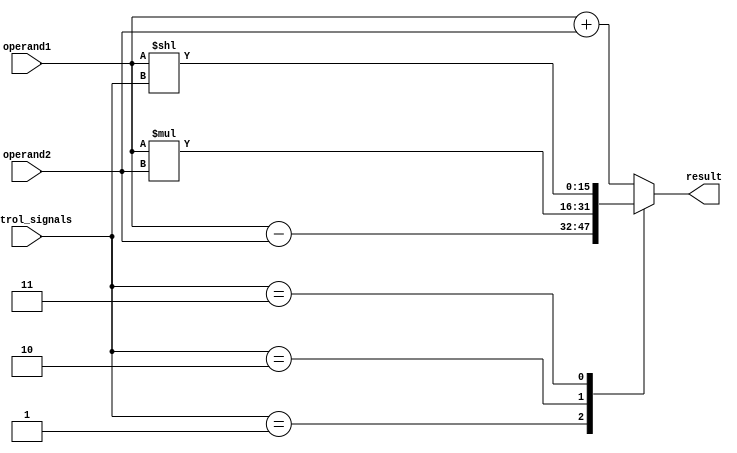
module half_precision_float_unit (
    input wire [15:0] operand1,
    input wire [15:0] operand2,
    input wire [2:0] control_signals,
    output reg [15:0] result
);

// Arithmetic Block for Adder
reg [16:0] adder_out;
always @* begin
    adder_out = operand1 + operand2;
end

// Arithmetic Block for Subtractor
reg [16:0] subtractor_out;
always @* begin
    subtractor_out = operand1 - operand2;
end

// Arithmetic Block for Multiplier
reg [31:0] multiplier_out;
always @* begin
    multiplier_out = operand1 * operand2;
end

// Arithmetic Block for Shifter
reg [15:0] shifter_out;
always @* begin
    shifter_out = operand1 << control_signals;
end

// Rounding and Normalization Logic
reg [15:0] rounded_result;
always @* begin
    // Add rounding and normalization logic implementation here
    rounded_result = adder_out; // For demonstration purposes only
end

// Error Detection and Correction Logic
// Add error detection and correction logic implementation here

// Assigning the Result based on Control Signals
always @* begin
    case(control_signals)
        3'b000: result = adder_out[15:0];
        3'b001: result = subtractor_out[15:0];
        3'b010: result = multiplier_out[15:0];
        3'b011: result = shifter_out;
        default: result = rounded_result;
    endcase
end

endmodule